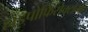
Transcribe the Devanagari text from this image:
हाइपोफिसेक्टोमी